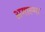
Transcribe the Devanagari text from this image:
अगाल्मा